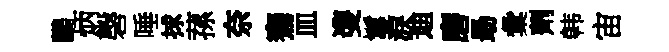
鸝炳磬唾捄蓀奈騫皿㕠鬘淚迪磨朂彙劑韩宙